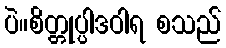
ပဲ။စိတ္တုပ္ပါဒဝါရ စသည်